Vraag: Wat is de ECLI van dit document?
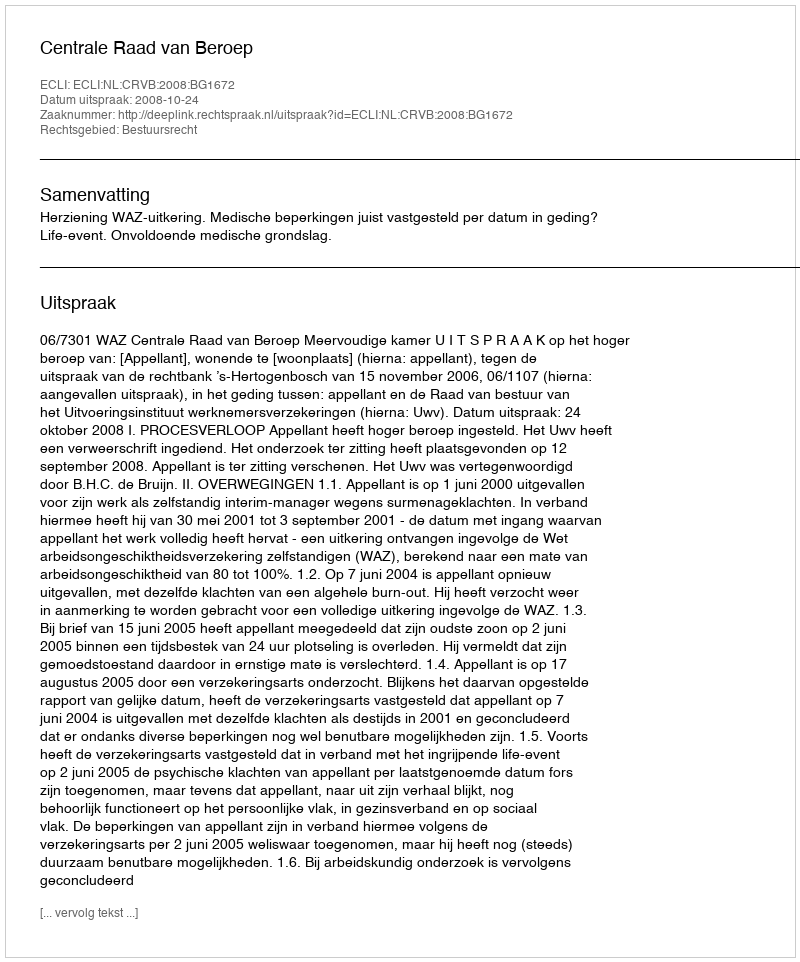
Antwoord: ECLI:NL:CRVB:2008:BG1672